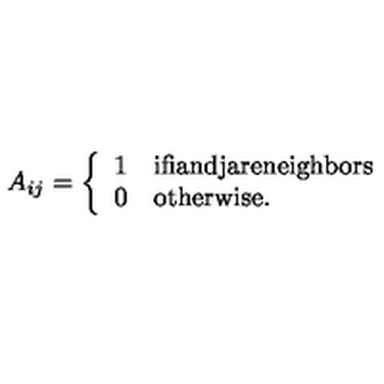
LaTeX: A _ { i j } = \left\{ \begin{array} { l l } { 1 } & { \mathrm { i f i a n d j a r e n e i g h b o r s } } \\ { 0 } & { \mathrm { o t h e r w i s e } . } \\ \end{array} \right.